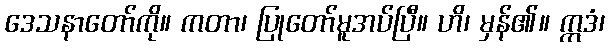
ဒေသနာတော်ကို။ ကတာ၊ ပြုတော်မူအပ်ပြီ။ ဟိ၊ မှန်၏။ ဣဒံ၊